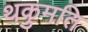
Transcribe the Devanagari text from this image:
थकुमति